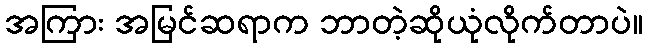
အကြား အမြင်ဆရာက ဘာတဲ့ဆိုယုံလိုက်တာပဲ။